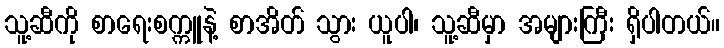
သူ့ဆီကို စာရေးစက္ကူနဲ့ စာအိတ် သွား ယူပါ၊ သူ့ဆီမှာ အများကြီး ရှိပါတယ်။